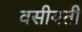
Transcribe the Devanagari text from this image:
वसीयती